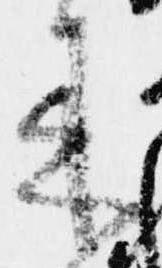
来